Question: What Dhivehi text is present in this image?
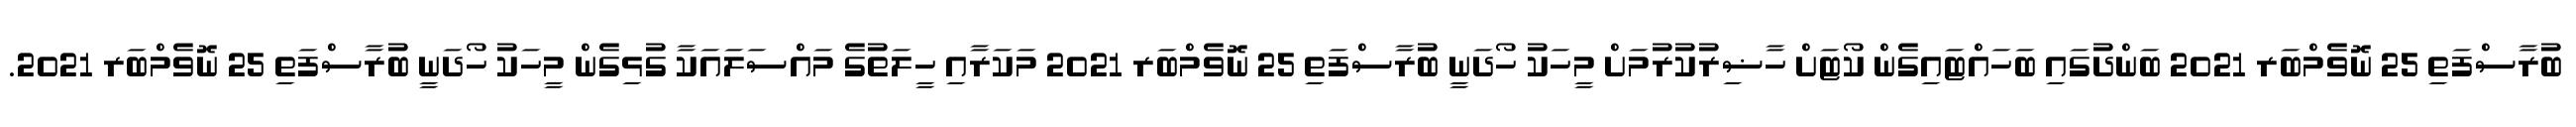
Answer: ބުރާސްފަތި 25 ނޮވެމްބަރ 2021 ބަންދުގައި ބަހައްޓައިގެން ކޯޓަށް ހާޟިރުކުރުމަށް މީހަކު ހޯދަނީ ބުރާސްފަތި 25 ނޮވެމްބަރ 2021 މަކަރާއި ހީލަތުގެ މައްސަލައަކާ ގުޅިގެން މީހަކު ހޯދަނީ ބުރާސްފަތި 25 ނޮވެމްބަރ 2021.